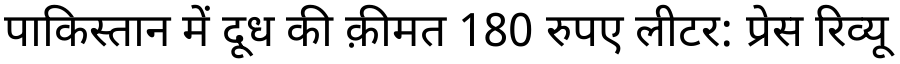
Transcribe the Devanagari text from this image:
पाकिस्तान में दूध की क़ीमत 180 रुपए लीटर: प्रेस रिव्यू